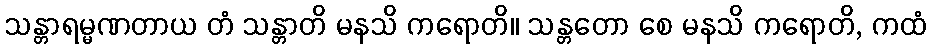
သန္တာရမ္မဏတာယ တံ သန္တာတိ မနသိ ကရောတိ။ သန္တတော စေ မနသိ ကရောတိ, ကထံ